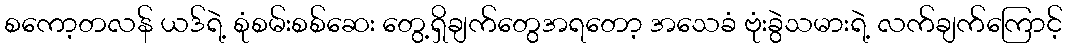
စကော့တလန် ယဒ်ရဲ့ စုံစမ်းစစ်ဆေး တွေ့ရှိချက်တွေအရတော့ အသေခံ ဗုံးခွဲသမားရဲ့ လက်ချက်ကြောင့်